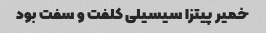
خمیر پیتزا سیسیلی کلفت و سفت بود